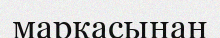
маркасынан